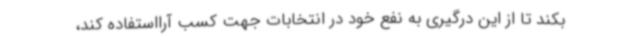
بکند تا از این درگیری به نفع خود در انتخابات جهت کسب آرااستفاده کند،